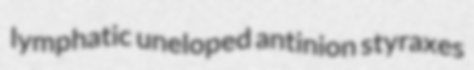
lymphatic uneloped antinion styraxes